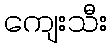
ကျေးသီး